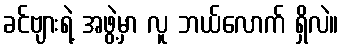
ခင်ဗျားရဲ့ အဖွဲ့မှာ လူ ဘယ်လောက် ရှိလဲ။